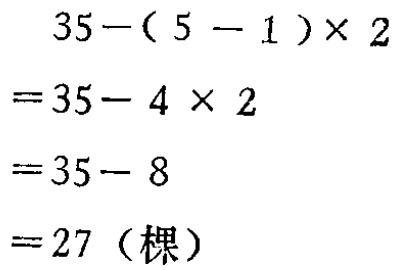
\[

\begin{align*}

&35-(5 - 1)\times2\\

=&35-4\times2\\

=&35 - 8\\

=&27（棵）

\end{align*}

\]